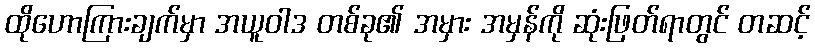
ထိုဟောကြားချက်မှာ အယူဝါဒ တစ်ခု၏ အမှား အမှန်ကို ဆုံးဖြတ်ရာတွင် တဆင့်